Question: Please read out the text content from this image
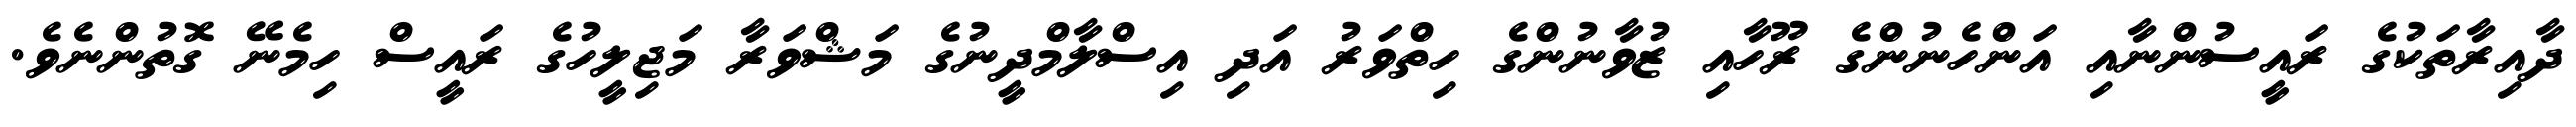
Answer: ދާއިރާތަކުގެ ރައީސުންނާއި އަންހެނުންގެ ރޫހާއި ޒުވާނުންގެ ހިތްވަރު އަދި އިސްލާމްދީނުގެ މަޝްވަރާ މަޖިލީހުގެ ރައީސް ހިމެނޭ ގޮތުންނެވެ.